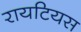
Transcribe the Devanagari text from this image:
रायटियस